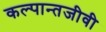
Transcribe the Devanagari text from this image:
कल्पान्तजीवी